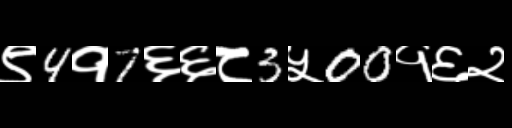
Text: ९4१7६६८3५00१६२